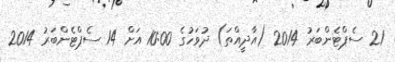
21 ސެޕްޓެންބަރު 2014 (އާދީއްތަ) ދުވަހުގެ 10:00 އަށް 14 ސެޕްޓެންބަރު 2014